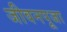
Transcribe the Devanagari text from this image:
जीवनपूजा